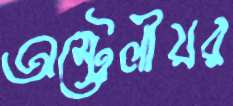
অস্ট্রেলীয়র